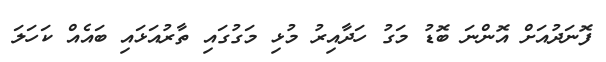
ފޮނަދުއަށް އޮންނަ ބޮޑު މަގު ހަދާއިރު މުޅި މަގުގައި ތާރުއަޅައި ބައެއް ކަހަލަ